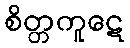
စိတ္တကူဋေ